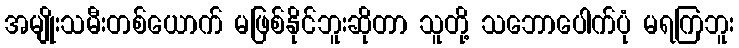
အမျိုးသမီးတစ်ယောက် မဖြစ်နိုင်ဘူးဆိုတာ သူတို့ သဘောပေါက်ပုံ မရကြဘူး